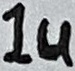
Text: 1u